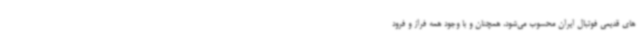
های قدیمی فوتبال ایران محسوب می‌شود، همچنان و با وجود همه فراز و فرود